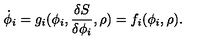
\dot { \phi } _ { i } = g _ { i } ( \phi _ { i } , { \frac { \delta S } { \delta \phi _ { i } } } , \rho ) = f _ { i } ( \phi _ { i } , \rho ) .